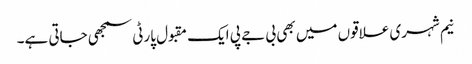
نیم شہری علاقوں میں بھی بی جے پی ایک مقبول پارٹی سمجھی جاتی ہے۔